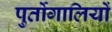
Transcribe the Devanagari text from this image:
पुर्तोगालियों